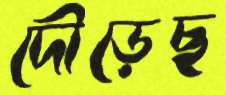
দৌড়েছ